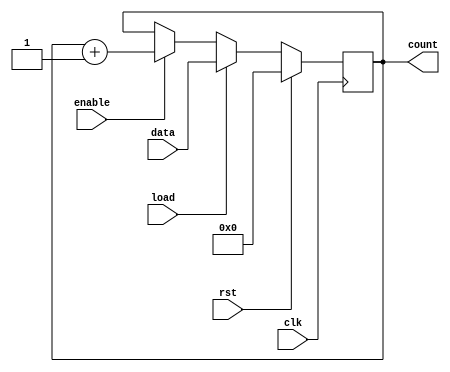
module synchronous_load_counter #(
    parameter N = 8  // Parameter for the bit-width of the counter
)(
    input wire clk,          // Clock signal
    input wire rst,          // Reset signal (active high)
    input wire load,         // Load signal
    input wire [N-1:0] data, // Data input for loading
    input wire enable,       // Enable signal
    output reg [N-1:0] count // Counter output
);

    // Always block triggered on the rising edge of the clock
    always @(posedge clk) begin
        if (rst) begin
            // Reset the counter to zero
            count <= 0;
        end else if (load) begin
            // Load the specified value into the counter
            count <= data;
        end else if (enable) begin
            // Increment the counter if enabled
            count <= count + 1;
        end
    end

endmodule